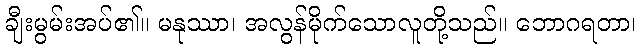
ချီးမွမ်းအပ်၏။ မနုဿာ၊ အလွန်မိုက်သောလူတို့သည်။ ဘောဂရတာ၊